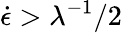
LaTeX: \dot{\epsilon}>\lambda^{-1}/2